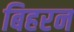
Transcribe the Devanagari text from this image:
बिहरन